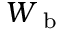
W _ { \mathrm { ~ b ~ } }